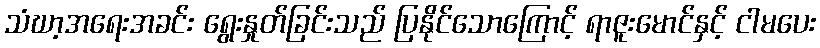
သံဃာ့အရေးအခင်း ရွေးနှုတ်ခြင်းသည် ပြနိုင်သောကြောင့် ရာဇူးမောင်နှင့် ငါမပေး